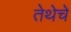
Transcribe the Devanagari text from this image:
तेथेचे